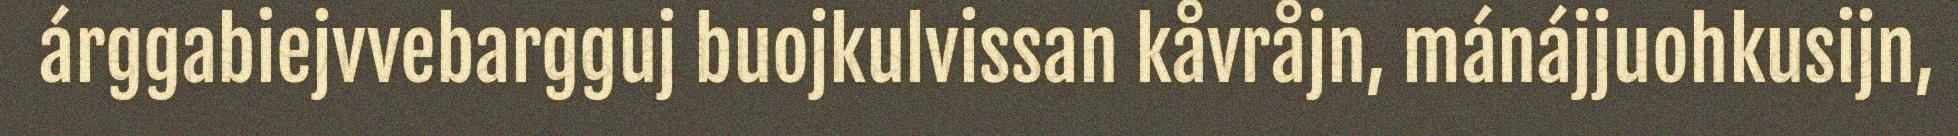
árggabiejvvebargguj buojkulvissan kåvråjn, mánájjuohkusijn,